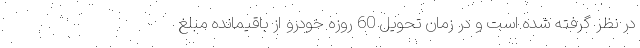
در نظر گرفته شده است و در زمان تحویل 60 روزه خودرو از باقیمانده مبلغ